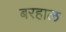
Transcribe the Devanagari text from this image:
बरहाल